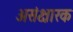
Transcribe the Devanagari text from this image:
असंक्षारक